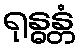
ရုန္ဓန္တံ